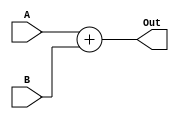
`timescale 1ns / 1ps
//////////////////////////////////////////////////////////////////////////////////
// Company: 
// Engineer: 
// 
// Design Name: 
// Module Name: ADD
// Project Name: 
// Target Devices: 
// Tool Versions: 
// Description: 
// 
// Dependencies: 
// 
// Revision:
// Revision 0.01 - File Created
// Additional Comments:
// 
//////////////////////////////////////////////////////////////////////////////////


module ADD(A,B,Out);

    input [31:0] A, B;
    output reg [31:0] Out;
    
    always @(A,B) begin
        Out <= A + B;
    end

endmodule